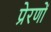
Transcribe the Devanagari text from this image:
प्रेरणों